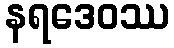
နရဒေဝဿ